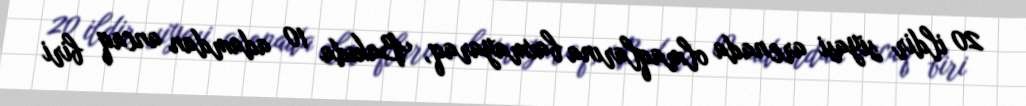
20 ildir siyasi arenada olmaqlarına baxmayaraq, Bakıda 10 adamdan ancaq biri